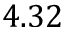
4 . 3 2